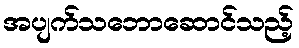
အပျက်သဘောဆောင်သည့်